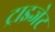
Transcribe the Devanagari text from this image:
ट्राइजेट